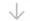
\downarrow